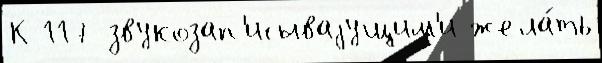
К 117 звукозап'исываjущим'и жела́ть